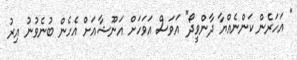
" އަހަރެން ކަންނެއްޔާ ދާންވީދޯ" އަވަސް އަވަހަށް އަނޫޝާއަށް އެހެން ބުނެވުނު އިރު